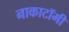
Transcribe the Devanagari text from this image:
नाकाटॉमी